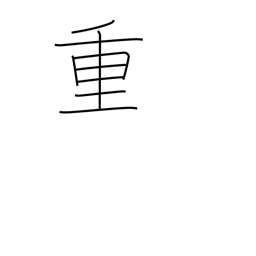
Meaning: important